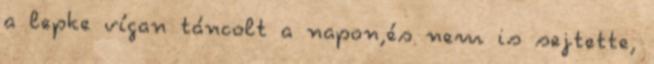
a lepke vígan táncolt a napon,és nem is sejtette,